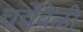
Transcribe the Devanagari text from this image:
चर्चेवेळी